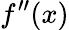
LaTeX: f^{\prime\prime}(x)